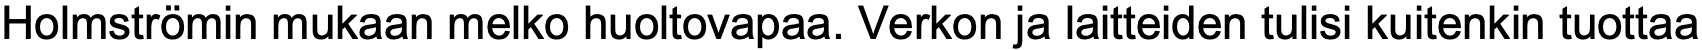
Holmströmin mukaan melko huoltovapaa. Verkon ja laitteiden tulisi kuitenkin tuottaa